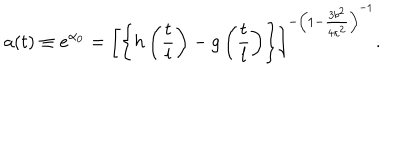
LaTeX: a ( t ) \equiv e ^ { \alpha _ { 0 } } = \left[ \left\{ h \left( \frac { t } { l } \right) - g \left( \frac { t } { l } \right) \right\} \right] ^ { - \left( 1 - \frac { 3 b ^ { 2 } } { 4 \kappa ^ { 2 } } \right) ^ { - 1 } } .